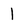
Character: 1